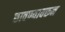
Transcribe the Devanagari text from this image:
छावण्यावरून